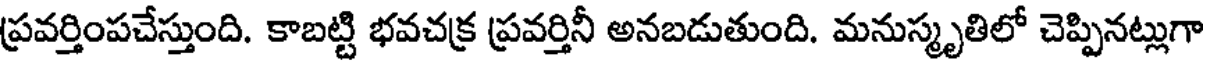
ప్రవర్తింపచేస్తుంది. కాబట్టి భవచక్ర ప్రవర్తినీ అనబడుతుంది. మనుస్మృతిలో చెప్పినట్లుగా